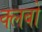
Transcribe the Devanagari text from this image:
क्‍लबों